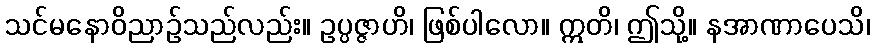
သင်မနောဝိညာဉ်သည်လည်း။ ဥပ္ပဇ္ဇာဟိ၊ ဖြစ်ပါလော။ ဣတိ၊ ဤသို့။ နအာဏာပေသိ၊